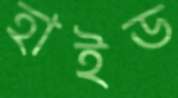
হাইড